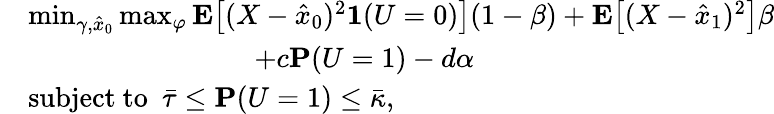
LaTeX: \begin{array}{rl}&{\operatorname*{min}_{\gamma,\hat{x}_{0}}\operatorname*{max}_{\varphi}\mathbf{E}\big[(X-\hat{x}_{0})^{2}\mathbf{1}(U=0)\big](1-\beta)+\mathbf{E}\big[(X-\hat{x}_{1})^{2}\big]\beta}\\ &{\qquad\qquad\qquad\qquad+c\mathbf{P}(U=1)-d\alpha}\\ &{\mathrm{subject~to~~}\bar{\tau}\le\mathbf{P}(U=1)\le\bar{\kappa},}\end{array}